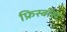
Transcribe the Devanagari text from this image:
फ्रिस्बीस